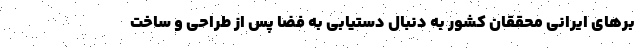
برهای ایرانی محققان کشور به دنبال دستیابی به فضا پس از طراحی و ساخت